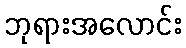
ဘုရားအလောင်း